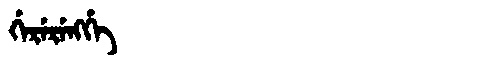
Manchu: ᡤᡝᡵᡝᡵᡝᠩᡤᡝ
Romanization: GERERENGGE